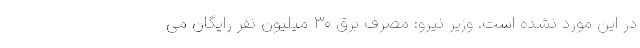
در این مورد نشده است. وزیر نیرو: مصرف برق ۳۰ میلیون نفر رایگان می